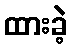
ထားခဲ့